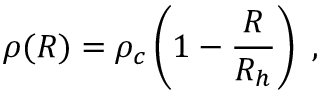
\rho ( R ) = \rho _ { c } \left( 1 - \frac { R } { R _ { h } } \right) \ ,